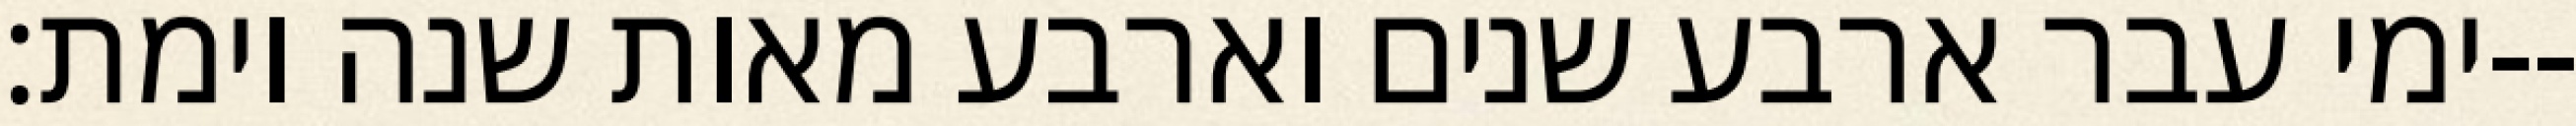
ימי עבר ארבע שנים וארבע מאות שנה וימת׃--